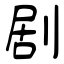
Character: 剧